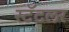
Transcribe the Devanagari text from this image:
स्टॅटलर